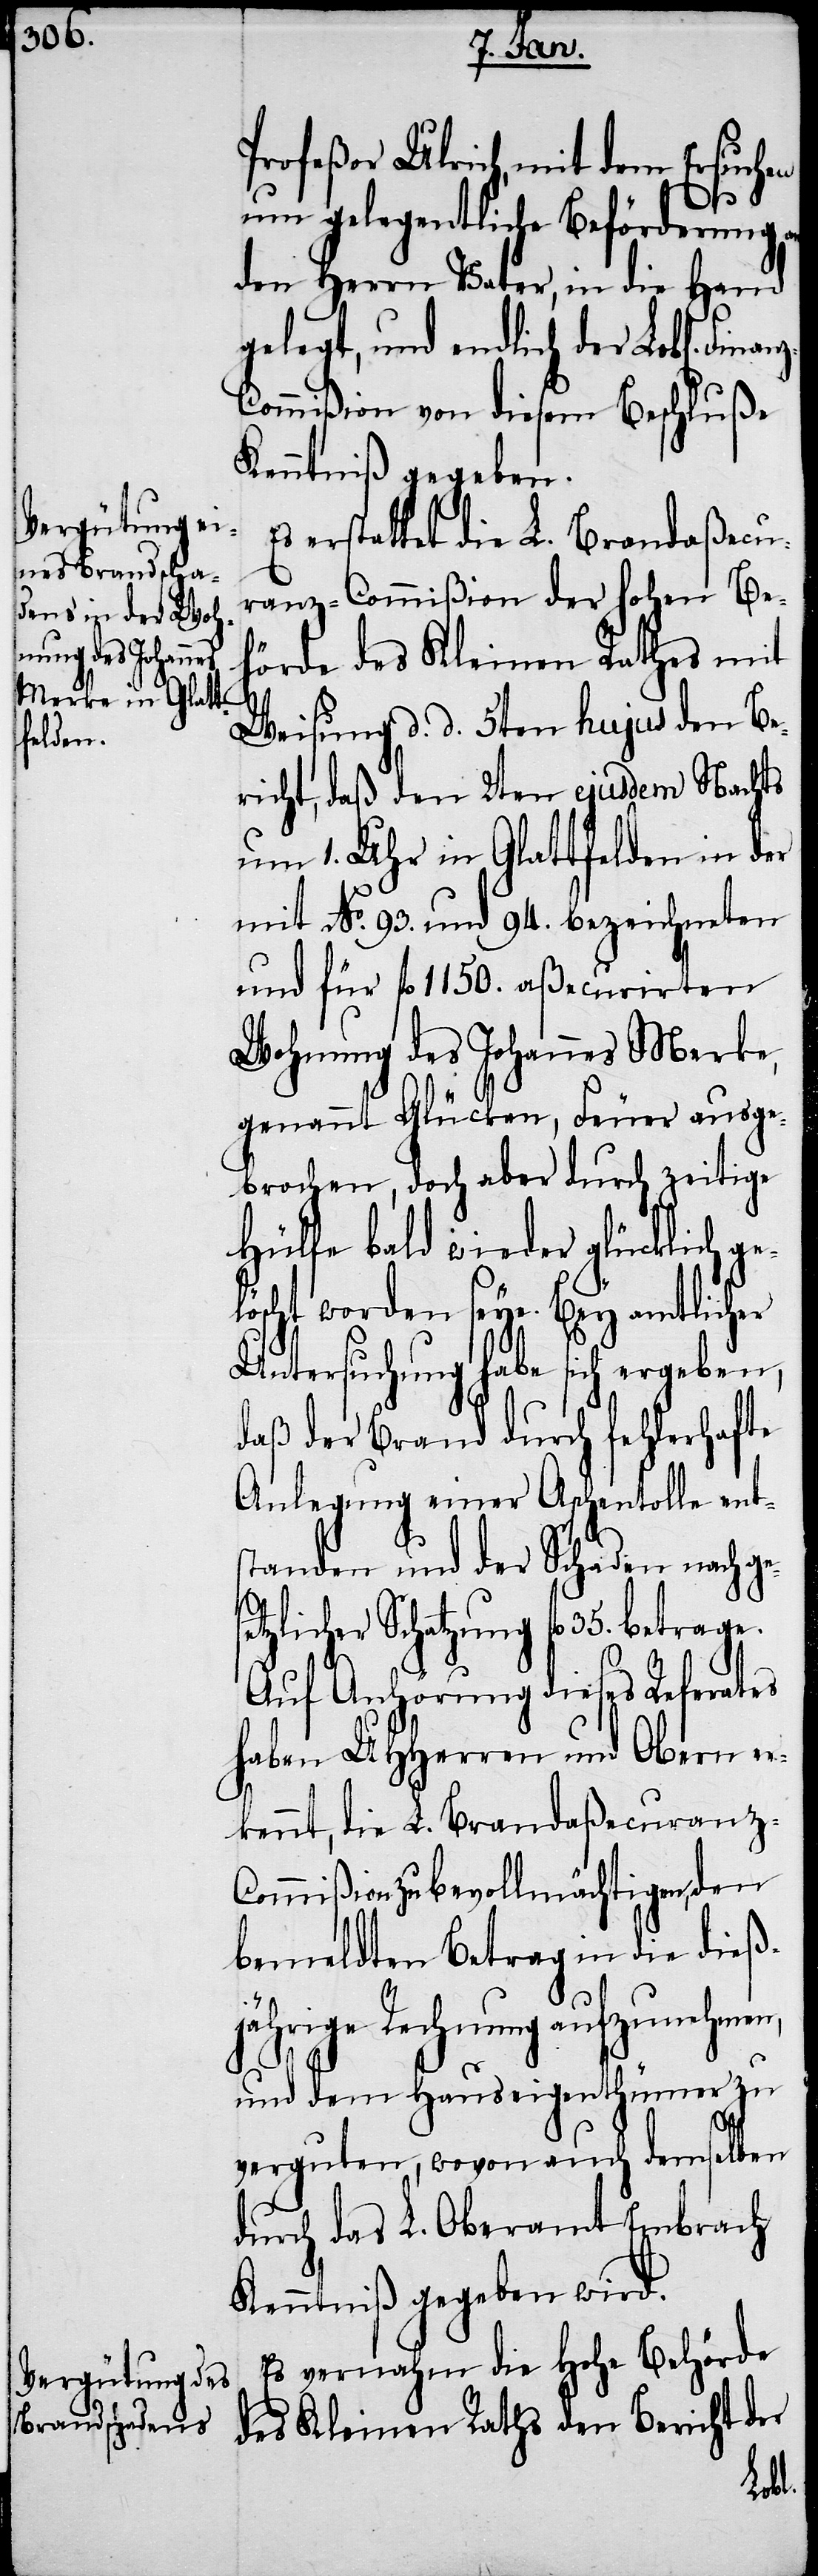
Profeßor Ulrich, mit dem Ersuchen
um gelegentliche Beförderung
den Herrn Vater, in die Hand
gelegt, und endlich der Lobl[ichen]
ommißion von diesem Beschluße
Kenntniß gegeben.
erstattet die L. Brandaßecu¬
ranz-Commißion der hohen Be¬
hörde des Kleinen Rathes mit
Weisung d. d. 5ten hujus den Be¬
richt, daß den 2ten ejusdem Nachts
um 1. Uhr in Glattfelden in der
mit No. 93. und 94. bezeichneten
und für fl. 1150. aßecurirten
Wohnung des Johannes Merke,
genannt Glücken, Feuer ausge¬
brochen, doch aber durch zeitige
Hülfe bald wieder glücklich ge¬
öscht worden seye. Bey amtlicher
Untersuchung habe sich ergeben,
daß der Brand durch fehlerhafte
Anlegung einer Aschentolle ent¬
standen und der Schaden nach ge¬
tzlicher Schatzung fl. 35. betrage.
Auf Anhörung dieses Referates
haben UHHerren und Obern er¬
kennt, die L. Brandaßecuranz-C¬
ommißion zu bevollmächtigen, den
bemeldten Betrag in die dieß¬
jährige Rechnung aufzunehmen,
und dem Hauseigenthümer zu
verguten, wovon auch demselben
durch das L. Oberamt Embrach
Kenntniß gegeben wird.
Es vernahm die Hohe Behörde
des Kleinen Raths den Bericht der
se¬